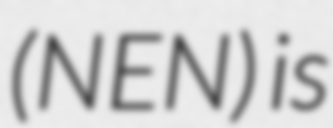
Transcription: (NEN) is